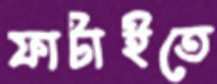
ফাটাইতে